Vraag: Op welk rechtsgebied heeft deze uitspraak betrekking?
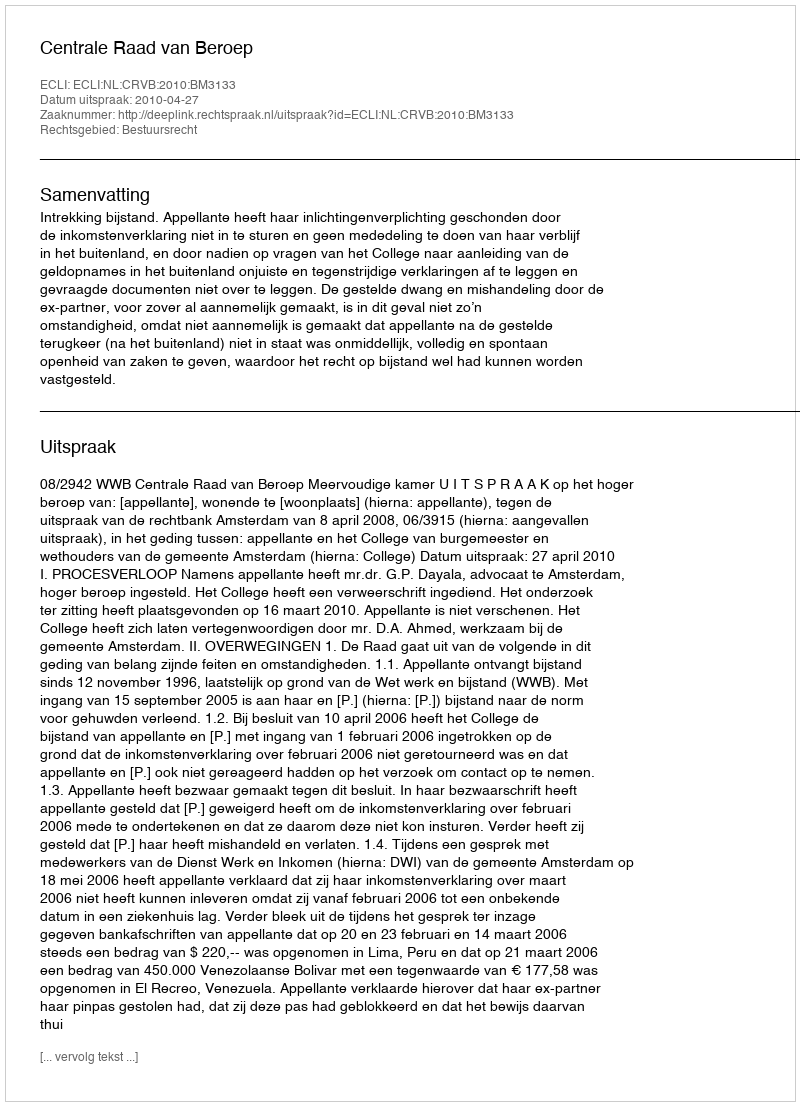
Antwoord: Bestuursrecht